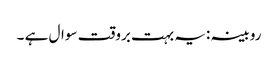
روبینہ :یہ بہت بروقت سوال ہے ۔